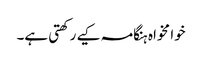
خوا مخواہ ہنگامہ کیے رکھتی ہے۔